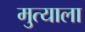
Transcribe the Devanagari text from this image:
मुत्याला